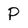
Character: P